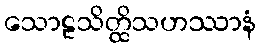
သောဠသိတ္ထိသဟဿာနံ